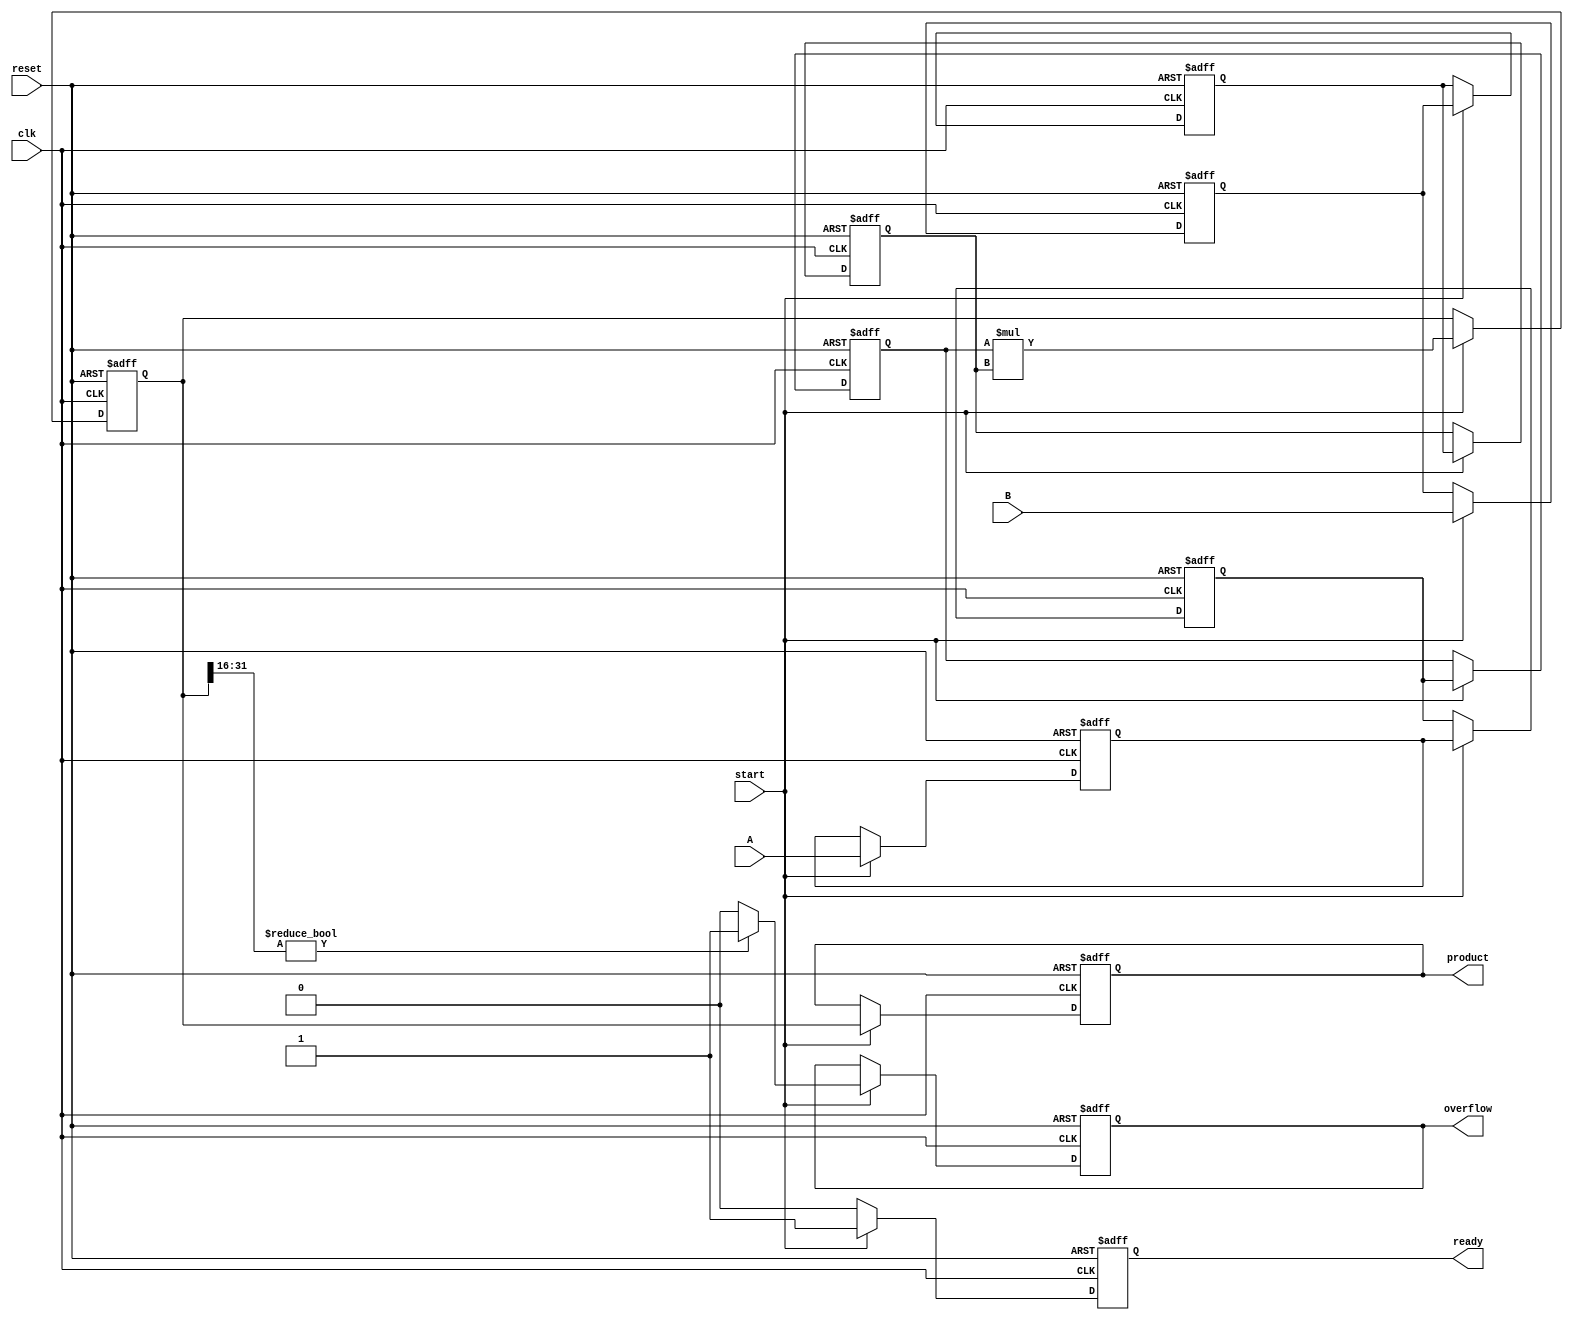
module streaming_multiplier #(
    parameter DATA_WIDTH = 16, // Configurable data width
    parameter PIPELINE_STAGES = 3 // Number of pipeline stages
)(
    input wire clk,               // Clock signal
    input wire reset,             // Reset signal
    input wire start,             // Start signal for multiplication
    input wire [DATA_WIDTH-1:0] A, // Input stream A
    input wire [DATA_WIDTH-1:0] B, // Input stream B
    output reg [2*DATA_WIDTH-1:0] product, // Output product
    output reg ready,             // Ready signal for output
    output reg overflow           // Overflow indication
);

    // Internal signals for pipelining
    reg [DATA_WIDTH-1:0] A_reg [0:PIPELINE_STAGES-1];
    reg [DATA_WIDTH-1:0] B_reg [0:PIPELINE_STAGES-1];
    reg [2*DATA_WIDTH-1:0] product_reg [0:PIPELINE_STAGES-1];

    integer i;

    // Reset and initialization
    always @(posedge clk or posedge reset) begin
        if (reset) begin
            for (i = 0; i < PIPELINE_STAGES; i = i + 1) begin
                A_reg[i] <= 0;
                B_reg[i] <= 0;
                product_reg[i] <= 0;
            end
            product <= 0;
            ready <= 0;
            overflow <= 0;
        end else if (start) begin
            // Shift registers for pipelining
            A_reg[0] <= A;
            B_reg[0] <= B;

            for (i = 1; i < PIPELINE_STAGES; i = i + 1) begin
                A_reg[i] <= A_reg[i-1];
                B_reg[i] <= B_reg[i-1];
                product_reg[i] <= product_reg[i-1];
            end

            // Perform multiplication at the last stage
            product_reg[PIPELINE_STAGES-1] <= A_reg[PIPELINE_STAGES-1] * B_reg[PIPELINE_STAGES-1];

            // Check for overflow
            if (product_reg[PIPELINE_STAGES-1][2*DATA_WIDTH-1:DATA_WIDTH] != 0) begin
                overflow <= 1; // Set overflow if upper bits are non-zero
            end else begin
                overflow <= 0;
            end

            // Output the product and set ready signal
            product <= product_reg[PIPELINE_STAGES-1];
            ready <= 1; // Indicate that output is ready
        end else begin
            ready <= 0; // Reset ready signal if not starting
        end
    end

endmodule